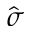
\hat { \sigma }